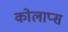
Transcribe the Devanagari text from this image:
कोलाप्स